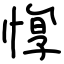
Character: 惸